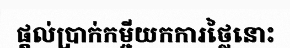
ផ្តល់ប្រាក់កម្ចីយកការថ្លៃនោះ